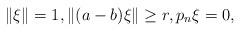
LaTeX: \begin{align*}\|\xi\|=1, \|(a-b)\xi\|\geq r, p_n \xi=0, \end{align*}